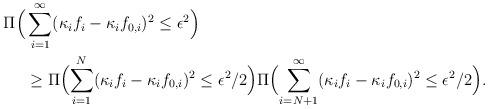
LaTeX: \begin{align*} \Pi\Bigl(&\sum_{i=1}^\infty(\kappa_if_i-\kappa_if_{0,i})^2\leq \epsilon^2\Bigr)\\ &\geq \Pi\Bigl(\sum_{i=1}^N(\kappa_if_i-\kappa_if_{0,i})^2\leq \epsilon^2/2\Bigr) \Pi\Bigl(\sum_{i=N+1}^\infty(\kappa_if_i-\kappa_if_{0,i})^2\leq \epsilon^2/2\Bigr). \end{align*}